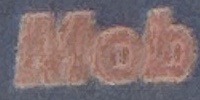
Mob